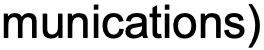
munications)